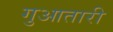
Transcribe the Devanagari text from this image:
गुआतारी